Annual administration report of the Civil Veterinary Department of India - 1907-1908
Year: 1907
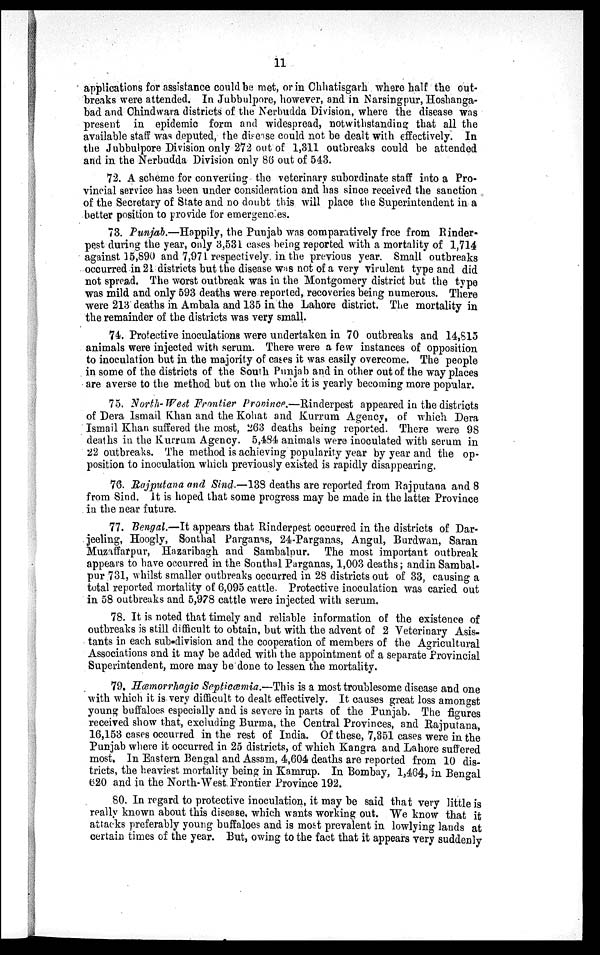
11
applications for assistance could be met, or in Chhatisgarh where half the out-
breaks were attended. In Jubbulpore, however, and in Narsingpur, Hoshanga-
bad and Chindwara districts of the Nerbudda Division, where the disease was
present in epidemic form and widespread, notwithstanding that all the
available staff was deputed, the disease could not be dealt with effectively. In
the Jubbulpore Division only 272 out of 1,311 outbreaks could be attended
and in the Nerbudda Division only 86 out of 543.
72. A scheme for converting the veterinary subordinate staff into a Pro-
vincial service has been under consideration and has since received the sanction
of the Secretary of State and no doubt this will place the Superintendent in a
better position to provide for emergencies.
73. Punjab.—Happily, the Punjab was comparatively free from Rinder-
pest during the year, only 3,531 cases being reported with a mortality of 1,714
against 15,890 and 7,971 respectively in the previous year. Small outbreaks
occurred in 21 districts but the disease was not of a very virulent type and did
not spread. The worst outbreak was in the Montgomery district but the type
was mild and only 593 deaths were reported, recoveries being numerous. There
were 213 deaths in Ambala and 135 in the Lahore district. The mortality in
the remainder of the districts was very small.
74. Protective inoculations were undertaken in 70 outbreaks and 14,815
animals were injected with serum. There were a few instances of opposition
to inoculation but in the majority of cases it was easily overcome. The people
in some of the districts of the South Punjab and in other out of the way places
are averse to the method but on the whole it is yearly becoming more popular.
75. North-West Frontier Province.—Rinderpest appeared in the districts
of Dera Ismail Khan and the Kohat and Kurrum Agency, of which Dera
Ismail Khan suffered the most, 263 deaths being reported. There were 98
deaths in the Kurrum Agency. 5,484 animals were inoculated with serum in
22 outbreaks. The method is achieving popularity year by year and the op-
position to inoculation which previously existed is rapidly disappearing.
76. Rajputana and Sind.—138 deaths are reported from Rajputana and 8
from Sind. It is hoped that some progress may be made in the latter Province
in the near future.
77. Bengal.—It appears that Rinderpest occurred in the districts of Dar-
jeeling, Hoogly, Sonthal Parganas, 24-Parganas, Angul, Burdwan, Saran
Muzaffarpur, Hazaribagh and Sambalpur. The most important outbreak
appears to have occurred in the Sonthal Parganas, 1,003 deaths; and in Sambal-
pur 731, whilst smaller outbreaks occurred in 28 districts out of 33, causing a
total reported mortality of 6,095 cattle. Protective inoculation was caried out
in 58 outbreaks and 5,978 cattle were injected with serum.
78. It is noted that timely and reliable information of the existence of
outbreaks is still difficult to obtain, but with the advent of 2 Veterinary Asis-
tants in each sub-division and the cooperation of members of the Agricultural
Associations and it may be added with the appointment of a separate Provincial
Superintendent, more may be done to lessen the mortality.
79. Hæmorrhagic Septicæmia.—This is a most troublesome disease and one
with which it is very difficult to dealt effectively. It causes great loss amongst
young buffaloes especially and is severe in parts of the Punjab. The figures
received show that, excluding Burma, the Central Provinces, and Rajputana,
16,153 cases occurred in the rest of India. Of these, 7,351 cases were in the
Punjab where it occurred in 25 districts, of which Kangra and Lahore suffered
most. In Eastern Bengal and Assam, 4,604 deaths are reported from 10 dis-
tricts, the heaviest mortality being in Kamrup. In Bombay, 1,464, in Bengal
620 and in the North-West Frontier Province 192.
80. In regard to protective inoculation, it may be said that very little is
really known about this disease, which wants working out. We know that it
attacks preferably young buffaloes and is most prevalent in lowlying lands at
certain times of the year. But, owing to the fact that it appears very suddenly